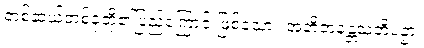
တစ်ဆယ့်တစ်ခုတို့၏ပြည့်ကြောင်းဖြစ်သော။ အဘိဇာနန္တသတိပဉှာ၊